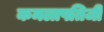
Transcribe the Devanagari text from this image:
कमलापतिजी